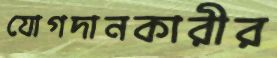
যোগদানকারীর